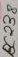
Text: BC238